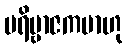
ပရိဗ္ဗာဇကမာဟု